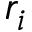
r _ { i }